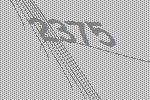
2375